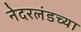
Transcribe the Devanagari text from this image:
नेदरलंडच्या